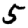
Digit: 5